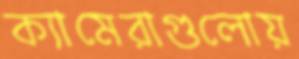
ক্যামেরাগুলোয়